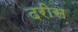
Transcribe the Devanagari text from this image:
दरीस